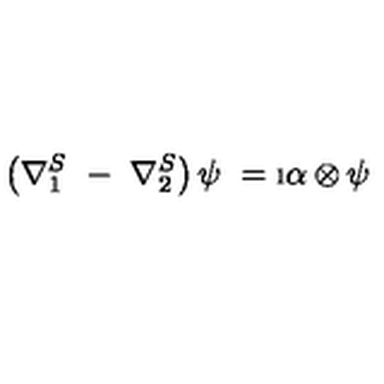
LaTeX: \left( \nabla _ { 1 } ^ { S } \ - \ \nabla _ { 2 } ^ { S } \right) \psi \ = \i \alpha \otimes \psi